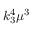
k _ { 3 } ^ { 4 } \mu ^ { 3 }